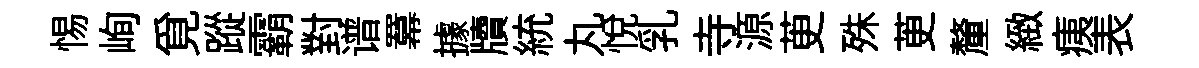
惕峋覓蹤霸對谱羃據牘統丸悅乳寺源茰殊茰釐緻痍表